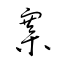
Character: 寨